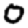
Digit: 0